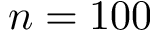
n = 1 0 0